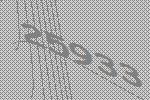
25933